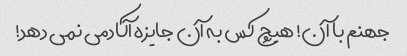
جهنم با آن! هیچ کس به آن جایزه آکادمی نمی دهد!